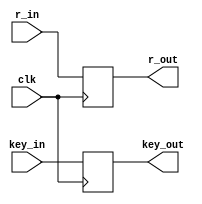
`timescale 1ns / 1ps
//////////////////////////////////////////////////////////////////////////////////
// Company: 
// Engineer: 
// 
// Design Name: 
// Module Name:    Round_reg 
// Project Name: 
// Target Devices: 
// Tool versions: 
// Description: 
//
// Dependencies: 
//
// Revision: 
// Revision 0.01 - File Created
// Additional Comments: 
//
//////////////////////////////////////////////////////////////////////////////////
module Round_reg(clk,r_in,r_out,key_in,key_out
    );

input clk;
input [127:0]r_in;
input [127:0]key_in;
output reg [127:0]r_out;
output reg [127:0]key_out;

always @(posedge clk)
begin
	if(clk==1)
	begin
		r_out=r_in;
		key_out=key_in;
	end
	else
	begin
		r_out=0;
		key_out=0;
	end
end
endmodule